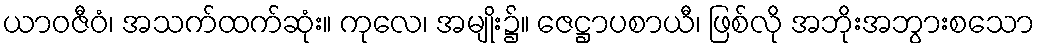
ယာဝဇီဝံ၊ အသက်ထက်ဆုံး။ ကုလေ၊ အမျိုး၌။ ဇေဋ္ဌာပစာယီ၊ ဖြစ်လို အဘိုးအဘွားစသော